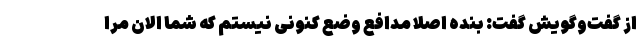
از گفت‌و‌گویش گفت: بنده اصلا مدافع وضع کنونی نیستم که شما الان مرا